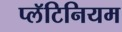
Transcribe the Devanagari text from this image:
प्लॅटिनियम